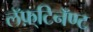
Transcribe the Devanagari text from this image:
लॅफ़्टिनॅण्ट